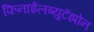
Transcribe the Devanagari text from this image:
फिनाईलब्युटॅझोन